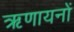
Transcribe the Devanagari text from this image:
ऋणायनों